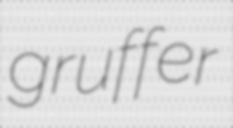
gruffer